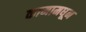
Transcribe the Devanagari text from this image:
कामामधून